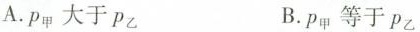
A.P_{甲} 大于P_{乙} B.P_{甲}等于 P_{乙}